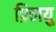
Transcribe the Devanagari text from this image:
फ़्लियु